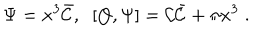
LaTeX: \Psi = x ^ { 3 } \bar { \cal C } , \; \; [ Q , \Psi ] = { \cal C } \bar { \cal C } + \pi x ^ { 3 } \; .